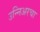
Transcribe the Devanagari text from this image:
उन्निअरचा